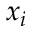
x _ { i }